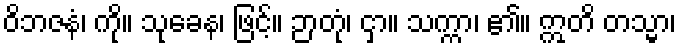
ဝိဘဇနံ၊ ကို။ သုခေန၊ ဖြင့်။ ဉာတုံ၊ ငှာ။ သက္ကာ၊ ၏။ ဣတိ တသ္မာ၊